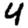
Digit: 4